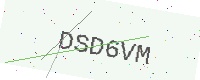
Text: DSD6VM